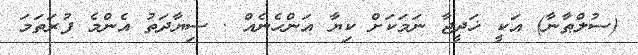
(ސުލްޠާނާ) އަކީ ޚަދީޖާ ނަމަކަށް ކިޔާ އަންހެނެއް . ސިޔާދަތު އެންމެ ފުރަތަމަ